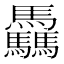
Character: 驫